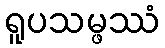
ရူပသမ္ဖဿံ